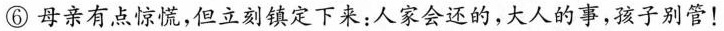
⑥母亲有点惊慌，但立刻镇定下来：人家会还的，大人的事，孩子别管！